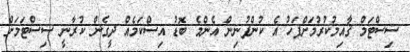
ސިސްޓަމް ޤާއިމުކުރުމަށްފަހު އެ ކުންފުނިން އެންމެ ބޮޑު އިސްކަމެއް ދީގެން ކުރާނީ ސިސްޓަމަށް